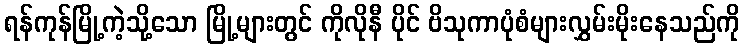
ရန်ကုန်မြို့ကဲ့သို့သော မြို့များတွင် ကိုလိုနီ ပိုင် ဗိသုကာပုံစံများလွှမ်းမိုးနေသည်ကို